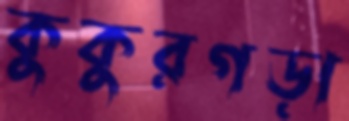
কুকুরগড়া